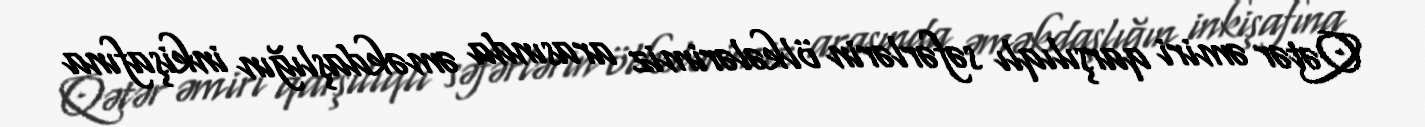
Qətər əmiri qarşılıqlı səfərlərin ölkələrimiz arasında əməkdaşlığın inkişafına